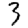
Digit: 3